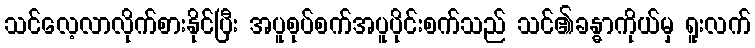
သင်လေ့လာလိုက်စားနိုင်ပြီး အပူစုပ်စက်အပူပိုင်းစက်သည် သင်၏ခန္ဓာကိုယ်မှ ရူးလက်